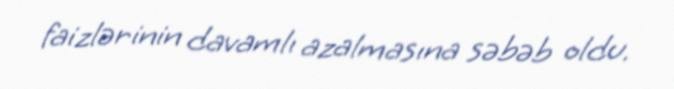
faizlərinin davamlı azalmasına səbəb oldu.